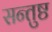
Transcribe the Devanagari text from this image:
सन्तुष्ठ